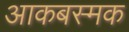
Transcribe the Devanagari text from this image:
आकबस्मक